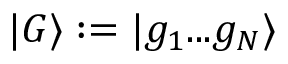
\vert G \rangle : = \vert g _ { 1 } . . . g _ { N } \rangle